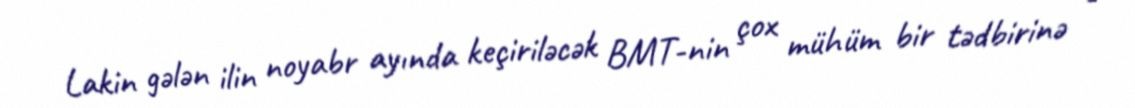
Lakin gələn ilin noyabr ayında keçiriləcək BMT-nin çox mühüm bir tədbirinə -